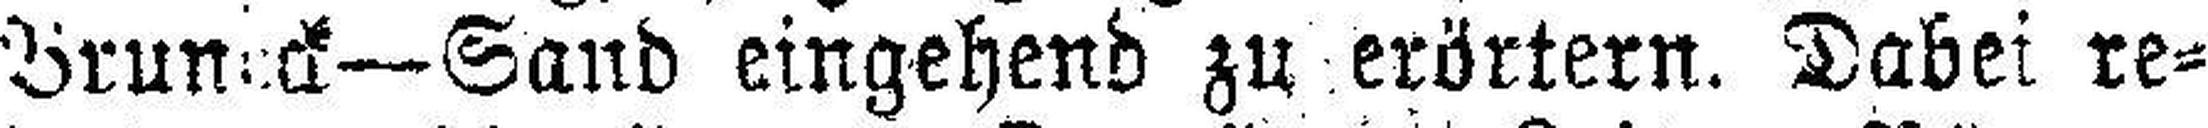
Brunick—Sand eingehend zu erörtern. Dabei re¬